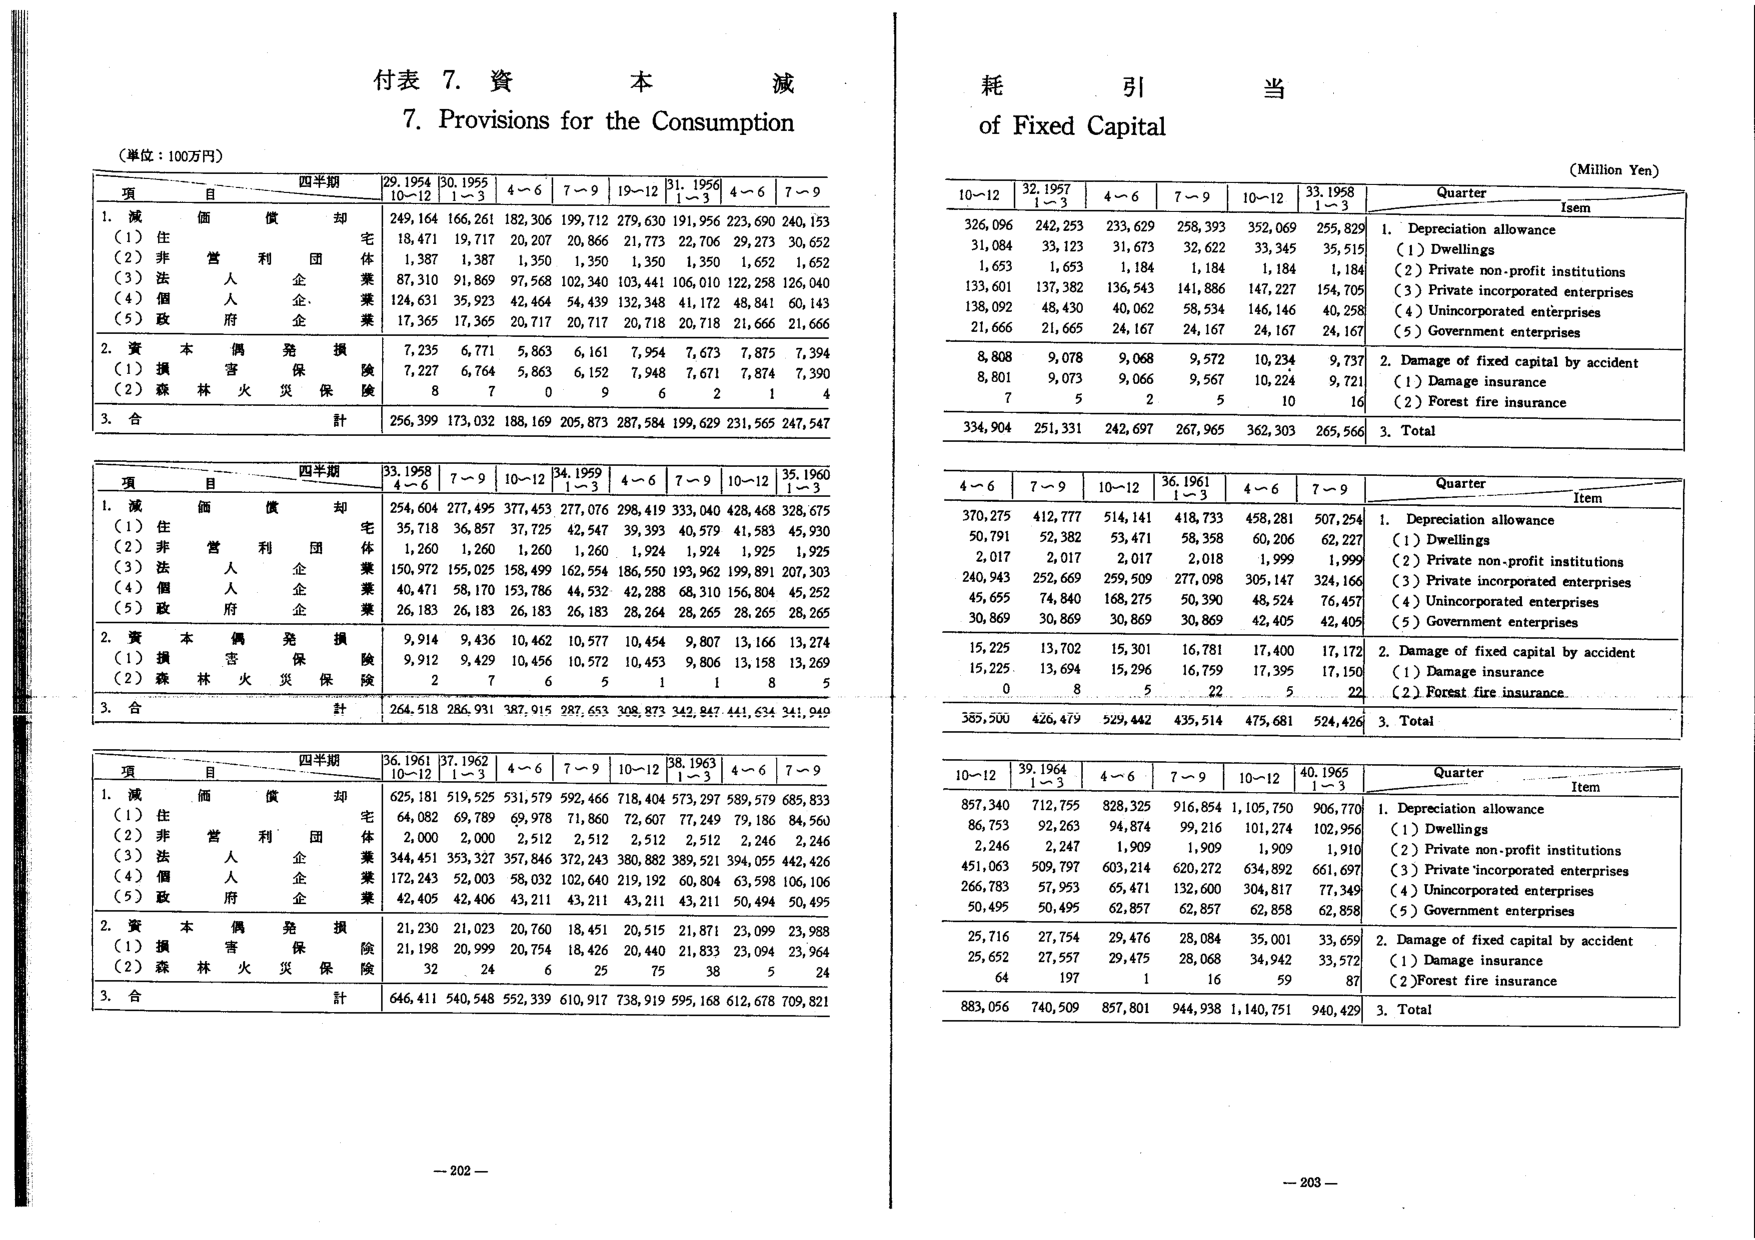
付表 7. 資本減耗引当
7. Provisions for the Consumption of Fixed Capital
(単位：100万円)
(Million Yen)

四半期
29.1954 10～12 | 30.1955 1～3 | 4～6 | 7～9 | 19～12 | 31.1956 1～3 | 4～6 | 7～9
項 目
1. 減価償却
　(1) 住宅
　(2) 非営利団体
　(3) 法人企業
　(4) 個人企業
　(5) 政府企業
2. 資本偶発損
　(1) 損害保険
　(2) 森林火災保険
3. 合計

249,164 | 166,261 | 182,306 | 199,712 | 279,630 | 191,956 | 223,690 | 240,153
18,471 | 19,717 | 20,207 | 20,866 | 21,773 | 22,706 | 29,273 | 30,652
1,387 | 1,387 | 1,350 | 1,350 | 1,350 | 1,350 | 1,652 | 1,652
87,310 | 91,869 | 97,568 | 102,340 | 103,441 | 106,010 | 122,258 | 126,040
124,631 | 35,923 | 42,464 | 54,439 | 132,348 | 41,172 | 48,841 | 60,143
17,365 | 17,365 | 20,717 | 20,717 | 20,718 | 20,718 | 21,666 | 21,666
7,235 | 6,771 | 5,863 | 6,161 | 7,954 | 7,673 | 7,875 | 7,394
7,227 | 6,764 | 5,863 | 6,152 | 7,948 | 7,671 | 7,874 | 7,390
8 | 7 | 0 | 9 | 6 | 2 | 1 | 4
256,399 | 173,032 | 188,169 | 205,873 | 287,584 | 199,629 | 231,565 | 247,547

四半期
33.1958 4～6 | 7～9 | 10～12 | 34.1959 1～3 | 4～6 | 7～9 | 10～12 | 35.1960 1～3
項 目
1. 減価償却
　(1) 住宅
　(2) 非営利団体
　(3) 法人企業
　(4) 個人企業
　(5) 政府企業
2. 資本偶発損
　(1) 損害保険
　(2) 森林火災保険
3. 合計

254,604 | 277,495 | 377,453 | 277,076 | 298,419 | 333,040 | 428,468 | 328,675
35,718 | 36,857 | 37,725 | 42,547 | 39,393 | 40,579 | 41,583 | 45,930
1,260 | 1,260 | 1,260 | 1,260 | 1,924 | 1,924 | 1,925 | 1,925
150,972 | 155,025 | 158,499 | 162,554 | 186,550 | 193,962 | 199,891 | 207,303
40,471 | 58,170 | 153,786 | 44,532 | 42,288 | 68,310 | 156,804 | 45,252
26,183 | 26,183 | 26,183 | 26,183 | 28,264 | 28,265 | 28,265 | 28,265
9,914 | 9,436 | 10,462 | 10,577 | 10,454 | 9,807 | 13,166 | 13,274
9,912 | 9,429 | 10,456 | 10,572 | 10,453 | 9,806 | 13,158 | 13,269
2 | 7 | 6 | 5 | 1 | 1 | 8 | 5
264,518 | 286,931 | 387,915 | 287,653 | 308,873 | 342,847 | 441,634 | 341,949

四半期
36.1961 10～12 | 37.1962 1～3 | 4～6 | 7～9 | 10～12 | 38.1963 1～3 | 4～6 | 7～9
項 目
1. 減価償却
　(1) 住宅
　(2) 非営利団体
　(3) 法人企業
　(4) 個人企業
　(5) 政府企業
2. 資本偶発損
　(1) 損害保険
　(2) 森林火災保険
3. 合計

625,181 | 519,525 | 531,579 | 592,466 | 718,404 | 573,297 | 589,579 | 685,833
64,082 | 69,789 | 69,789 | 71,860 | 72,607 | 77,249 | 79,186 | 84,560
2,000 | 2,000 | 2,512 | 2,512 | 2,512 | 2,512 | 2,246 | 2,246
344,451 | 353,327 | 357,846 | 372,243 | 380,882 | 389,521 | 394,055 | 442,426
172,243 | 52,003 | 58,032 | 102,640 | 219,192 | 60,804 | 63,598 | 106,106
42,405 | 42,406 | 43,211 | 43,211 | 43,211 | 43,211 | 50,494 | 50,495
21,230 | 21,023 | 20,760 | 18,451 | 20,515 | 21,871 | 23,099 | 23,988
21,198 | 20,999 | 20,754 | 18,426 | 20,440 | 21,833 | 23,094 | 23,964
32 | 24 | 6 | 25 | 75 | 38 | 5 | 24
646,411 | 540,548 | 552,339 | 610,917 | 738,919 | 595,168 | 612,678 | 709,821

10～12 | 32.1957 1～3 | 4～6 | 7～9 | 10～12 | 33.1958 1～3 | Quarter | Item
326,096 | 242,253 | 233,629 | 258,393 | 352,069 | 255,829 | 1. Depreciation allowance
31,084 | 33,123 | 31,673 | 32,622 | 33,345 | 35,515 | (1) Dwellings
1,653 | 1,653 | 1,184 | 1,184 | 1,184 | 1,184 | (2) Private non-profit institutions
133,601 | 137,382 | 136,543 | 141,886 | 147,227 | 154,705 | (3) Private incorporated enterprises
138,092 | 48,430 | 40,062 | 58,534 | 146,146 | 40,258 | (4) Unincorporated enterprises
21,666 | 21,665 | 24,167 | 24,167 | 24,167 | 24,167 | (5) Government enterprises
8,808 | 9,078 | 9,068 | 9,572 | 10,234 | 9,737 | 2. Damage of fixed capital by accident
8,801 | 9,073 | 9,066 | 9,567 | 10,224 | 9,721 | (1) Damage insurance
7 | 5 | 2 | 5 | 10 | 16 | (2) Forest fire insurance
334,904 | 251,331 | 242,697 | 267,965 | 362,303 | 265,566 | 3. Total

4～6 | 7～9 | 10～12 | 36.1961 1～3 | 4～6 | 7～9 | Quarter | Item
370,275 | 412,777 | 514,141 | 418,733 | 458,281 | 507,254 | 1. Depreciation allowance
50,791 | 52,382 | 53,471 | 58,358 | 60,206 | 62,227 | (1) Dwellings
2,017 | 2,017 | 2,017 | 2,018 | 1,999 | 1,999 | (2) Private non-profit institutions
240,943 | 252,669 | 259,509 | 277,098 | 305,147 | 324,166 | (3) Private incorporated enterprises
45,695 | 74,840 | 168,275 | 50,390 | 48,524 | 76,457 | (4) Unincorporated enterprises
30,869 | 30,869 | 30,869 | 30,869 | 42,405 | 42,405 | (5) Government enterprises
15,225 | 13,702 | 15,301 | 16,781 | 17,400 | 17,172 | 2. Damage of fixed capital by accident
15,225 | 13,694 | 15,296 | 16,759 | 17,395 | 17,150 | (1) Damage insurance
0 | 8 | 5 | 22 | 5 | 22 | (2) Forest fire insurance
385,500 | 426,479 | 529,442 | 435,514 | 475,681 | 524,426 | 3. Total

10～12 | 39.1964 1～3 | 4～6 | 7～9 | 10～12 | 40.1965 1～3 | Quarter | Item
857,340 | 712,755 | 828,325 | 916,854 | 1,105,750 | 906,770 | 1. Depreciation allowance
86,753 | 92,263 | 94,874 | 99,216 | 101,274 | 102,956 | (1) Dwellings
2,246 | 2,247 | 1,909 | 1,909 | 1,909 | 1,910 | (2) Private non-profit institutions
451,063 | 509,797 | 603,214 | 620,272 | 634,892 | 661,697 | (3) Private incorporated enterprises
266,783 | 57,953 | 65,471 | 132,600 | 304,817 | 77,349 | (4) Unincorporated enterprises
50,495 | 50,495 | 62,857 | 62,857 | 62,858 | 62,858 | (5) Government enterprises
25,716 | 27,754 | 29,476 | 28,084 | 35,001 | 33,659 | 2. Damage of fixed capital by accident
25,652 | 27,557 | 29,475 | 28,068 | 34,942 | 33,572 | (1) Damage insurance
64 | 197 | 1 | 16 | 59 | 87 | (2) Forest fire insurance
883,056 | 740,509 | 857,801 | 944,938 | 1,140,751 | 940,429 | 3. Total

- 202 -
- 203 -